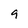
Character: g